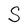
Character: S